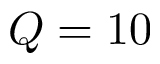
Q = 1 0